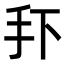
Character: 𭠏